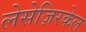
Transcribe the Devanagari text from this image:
लेसेज़िरकेल